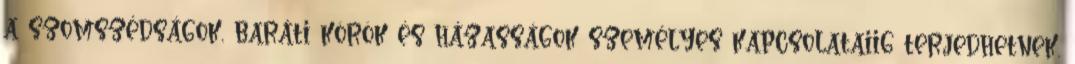
a szomszédságok, baráti körök és házasságok személyes kapcsolataiig terjedhetnek.